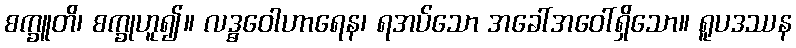
စက္ခူတိ၊ စက္ခုဟူ၍။ လဒ္ဓဝေါဟာရေန၊ ရအပ်သော အခေါ်အဝေါ်ရှိသော။ ရူပဒဿန